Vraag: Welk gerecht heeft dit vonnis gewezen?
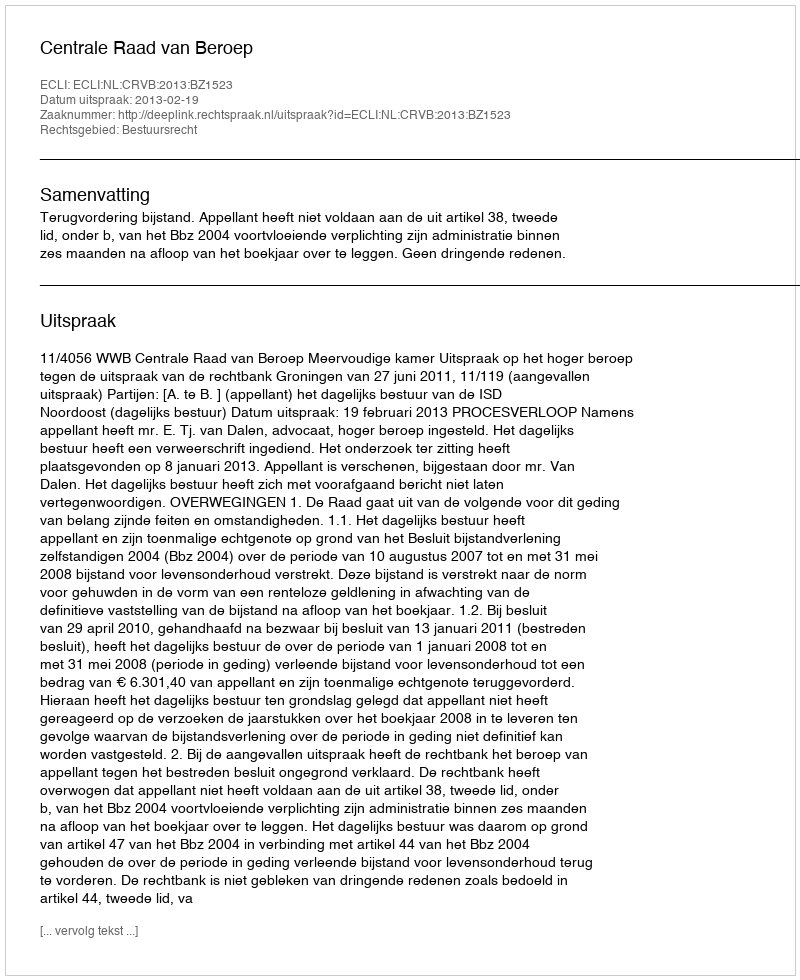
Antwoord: Centrale Raad van Beroep